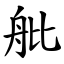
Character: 舭